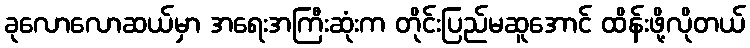
ခုလောလောဆယ်မှာ အရေးအကြီးဆုံးက တိုင်းပြည်မဆူအောင် ထိန်းဖို့လိုတယ်